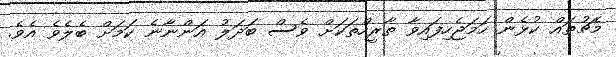
މެޗުތައް ކުޅެން ހަމަޖެހިފައިވާ ތާރީހްތަކަށް ވެސް ބަދަލު އަންނާނެ ކަމަށް ބެލެވެ އެވެ.